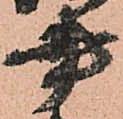
書